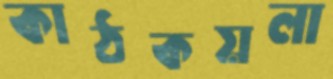
কাঠকয়লা